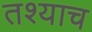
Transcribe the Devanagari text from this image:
तश्याच